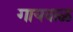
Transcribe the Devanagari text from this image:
गायवाळ